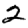
Digit: 2